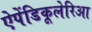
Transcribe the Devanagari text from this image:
ऐपेंडिकूलेरिआ